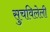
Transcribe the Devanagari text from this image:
सुचविलेली